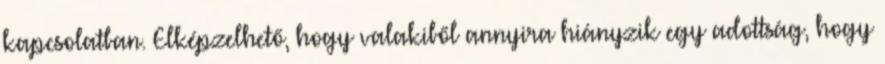
kapcsolatban. Elképzelhető, hogy valakiből annyira hiányzik egy adottság, hogy